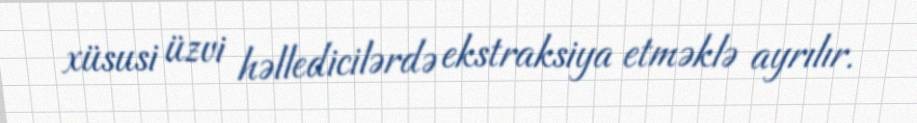
xüsusi üzvi həlledicilərdə ekstraksiya etməklə ayrılır.